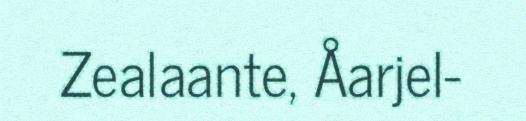
Zealaante, Åarjel-